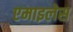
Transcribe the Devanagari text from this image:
एमाइलेस